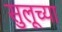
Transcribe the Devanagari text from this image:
सुलूच्या